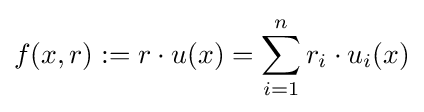
f(x,r):=r\cdot u(x)=\sum _{i=1}^{n}r_{i}\cdot u_{i}(x)